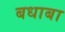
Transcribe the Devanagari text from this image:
बधाबा